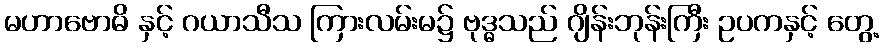
မဟာဗောဓိ နှင့် ဂယာသီသ ကြားလမ်းမ၌ ဗုဒ္ဓသည် ဂျိန်းဘုန်းကြီး ဥပကနှင့် တွေ့